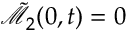
\tilde { \mathcal { M } } _ { 2 } ( 0 , t ) = 0